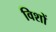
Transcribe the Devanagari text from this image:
विशों